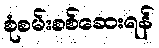
စုံစမ်းစစ်ဆေးရန်